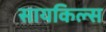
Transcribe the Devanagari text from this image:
सायकिल्स